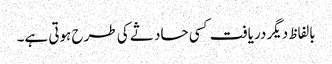
بالفاظ دیگر دریافت کسی حاد ثے کی طرح ہوتی ہے۔